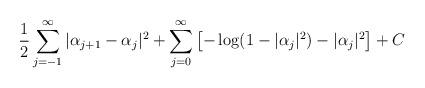
LaTeX: \begin{align*} \frac{1}{2}\sum_{j=-1}^{\infty} |\alpha_{j+1}-\alpha_j|^2+\sum_{j=0}^{\infty}\left[-\log(1-|\alpha_j|^2)-|\alpha_j|^2\right]+C\end{align*}